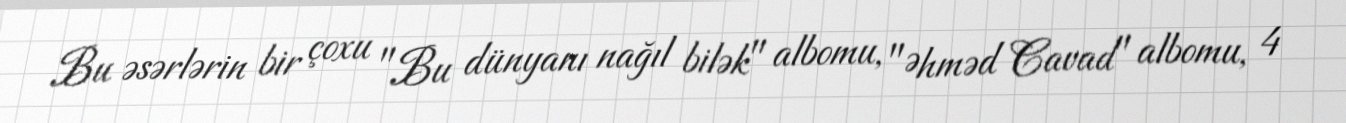
Bu əsərlərin bir çoxu "Bu dünyanı nağıl bilək" albomu, "Əhməd Cavad" albomu, 4